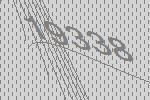
19338